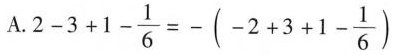
A . $$2 - 3 + 1 - \frac { 1 } { 6 } = - ( - 2 + 3 + 1 - \frac { 1 } { 6 } )$$